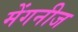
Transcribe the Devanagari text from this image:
मेंगनीज